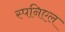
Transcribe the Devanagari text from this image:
स्पनिएल